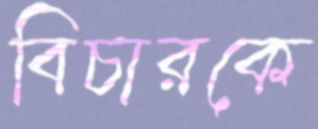
বিচারকে